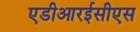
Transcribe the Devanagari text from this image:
एडीआरईसीएस